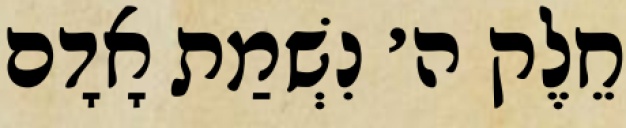
חֵלֶק ה׳ נִשְׁמַת אָדָם